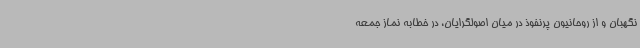
نگهبان و از روحانیون پرنفوذ در میان اصولگرایان، در خطابه نماز جمعه